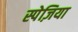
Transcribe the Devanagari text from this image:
स्पेज़िया